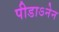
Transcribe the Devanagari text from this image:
पीडाऽनेन